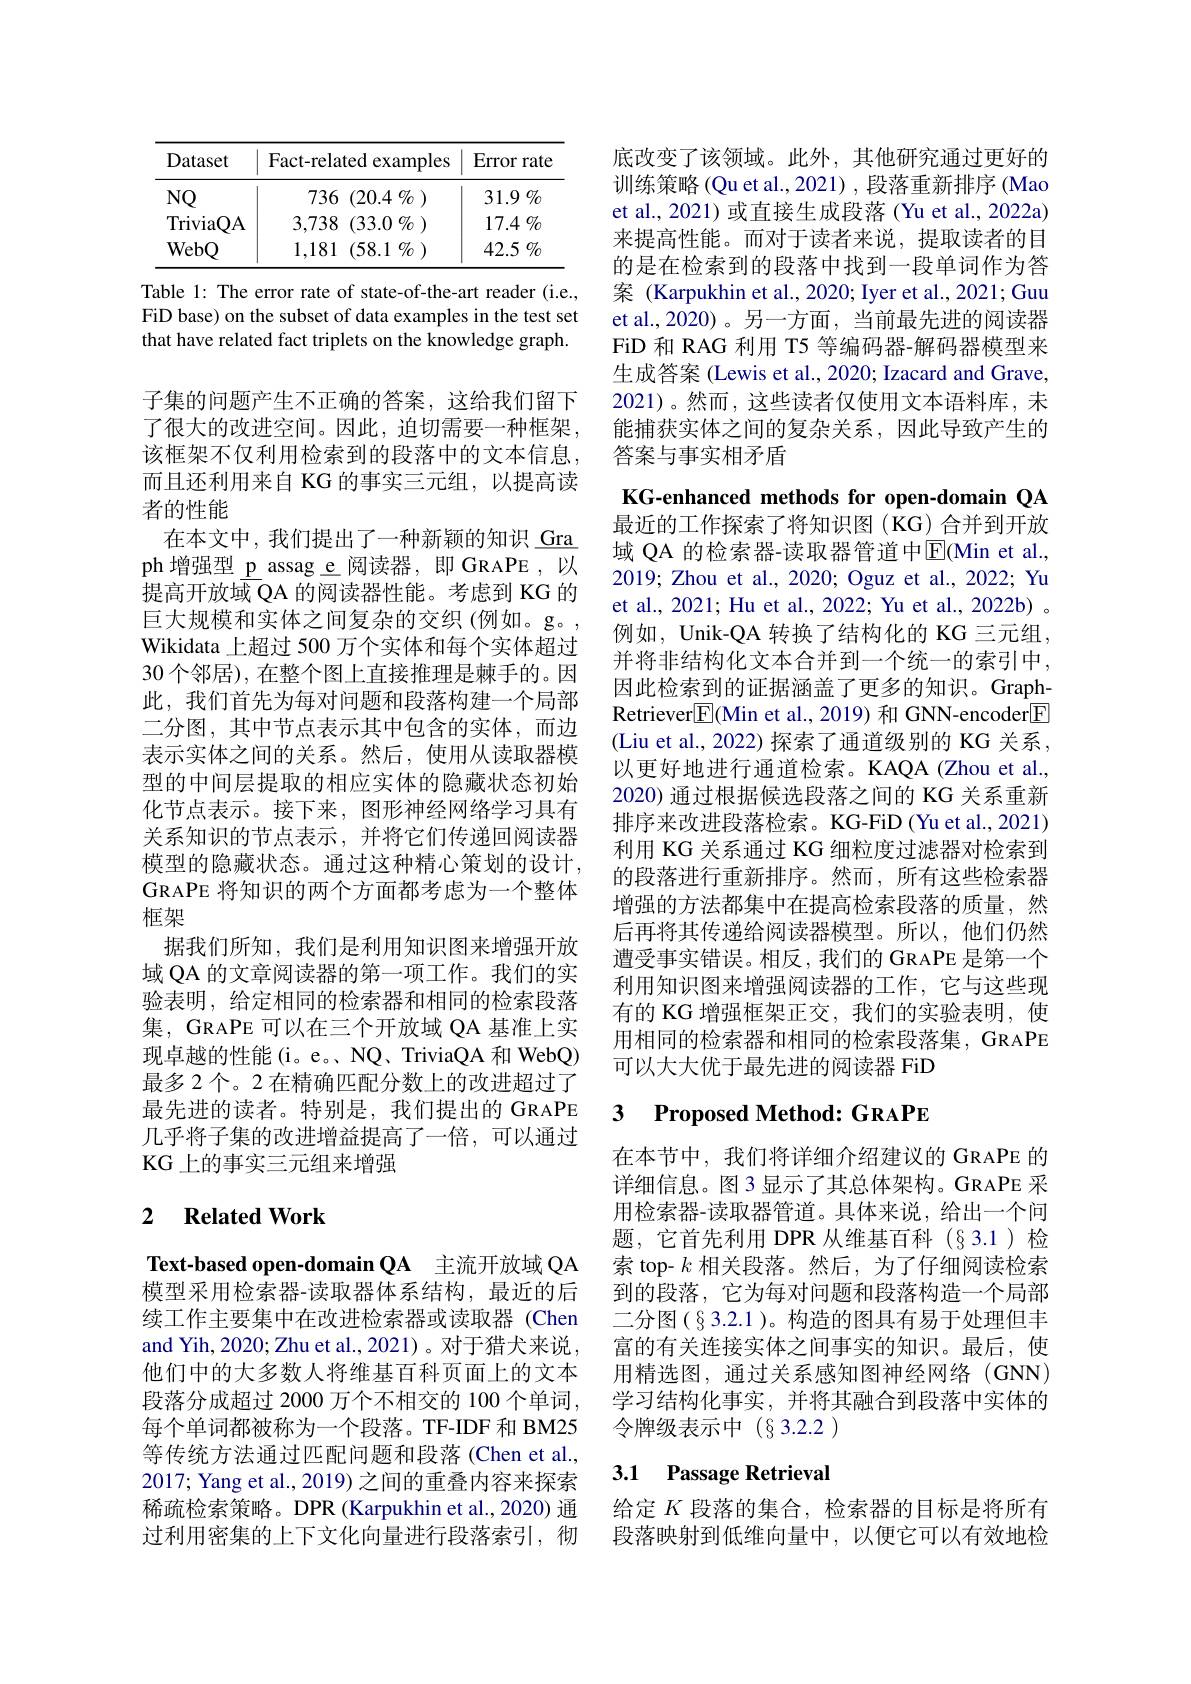
<table>
	<tbody>
		<tr>
			<th>Dataset</th>
			<th>Fact-related examples</th>
			<th>Error rate</th>
		</tr>
		<tr>
			<td>NQ</td>
			<td>736 (20.4 $\%$ )</td>
			<td>$31.9\%$</td>
		</tr>
		<tr>
			<td>TriviaQA</td>
			<td>3,738 {3} (33.0 $\%$ )</td>
			<td>$17.4\%$</td>
		</tr>
		<tr>
			<td>WebQ</td>
			<td>1,181 (58.1 $\% )$</td>
			<td>42.5 $\%$</td>
		</tr>
	</tbody>
</table>

Table 1: The error rate of state-of-the-art reader (i.e., FiD base) on the subset of data examples in the test set that have related fact triplets on the knowledge graph.

子集的问题产生不正确的答案，这给我们留下了很大的改进空间。因此，迫切需要一种框架， 该框架不仅利用检索到的段落中的文本信息， 而且还利用来自 KG 的事实三元组，以提高读者的性能
在本文中，我们提出了一种新颖的知识\_Gra ph 增强型\_p\_assag\_e 阅读器，即 GRAPE ,以提高开放域 QA 的阅读器性能。考虑到 KG 的巨大规模和实体之间复杂的交织(例如。g。, Wikidata 上超过 500 万个实体和每个实体超过30 个邻居), 在整个图上直接推理是棘手的。因此，我们首先为每对问题和段落构建一个局部二分图，其中节点表示其中包含的实体，而边表示实体之间的关系。然后，使用从读取器模型的中间层提取的相应实体的隐藏状态初始化节点表示。接下来，图形神经网络学习具有关系知识的节点表示，并将它们传递回阅读器模型的隐藏状态。通过这种精心策划的设计， GRAPE 将知识的两个方面都考虑为一个整体框架
据我们所知，我们是利用知识图来增强开放域 QA 的文章阅读器的第一项工作。我们的实验表明，给定相同的检索器和相同的检索段落集，GRAPE 可以在三个开放域 QA 基准上实现卓越的性能(i。e。NQ、TriviaQA 和 WebQ) 最多 2 个。2 在精确匹配分数上的改进超过了最先进的读者。特别是，我们提出的 GRAPE 几乎将子集的改进增益提高了一倍，可以通过KG 上的事实三元组来增强

### 2 $\textbf{Related Work}$

Text-based open-domain QA 主流开放域 QA 模型采用检索器-读取器体系结构，最近的后续工作主要集中在改进检索器或读取器(Chen and Yih, 2020; Zhu et al., 2021)。对于猎犬来说他们中的大多数人将维基百科页面上的文本段落分成超过 2000 万个不相交的 100 个单词， 每个单词都被称为一个段落。TF-IDF 和 BM25等传统方法通过匹配问题和段落(Chen et al., 2017; Yang et al., 2019) 之间的重叠内容来探索稀疏检索策略。DPR (Karpukhin et al., 2020) 通过利用密集的上下文化向量进行段落索引，彻

底改变了该领域。此外，其他研究通过更好的训练策略 (Qu et al., 2021) , 段落重新排序 (Mao et al., 2021) 或直接生成段落 (Yu et al., 2022a) 来提高性能。而对于读者来说，提取读者的目的是在检索到的段落中找到一段单词作为答案 (Karpukhin et al., 2020; Iyer et al., 2021; Guu et al.,2020)。另一方面，当前最先进的阅读器FiD 和 RAG 利用 T5 等编码器-解码器模型来生成答案 (Lewis et al., 2020; Izacard and Grave, 2021)。然而，这些读者仅使用文本语料库，未能捕获实体之间的复杂关系，因此导致产生的答案与事实相矛盾

KG-enhanced methods for open-domain QA 最近的工作探索了将知识图(KG)合并到开放域 QA 的检索器-读取器管道中[ $E] ( Min et al. $, 2019; Zhou et al., 2020; Oguz et al., 2022; Yu et al., 2021; Hu et al., 2022; Yu et al., 2022b) 。例如，Unik-QA 转换了结构化的 KG 三元组， 并将非结构化文本合并到一个统一的索引中， 因此检索到的证据涵盖了更多的知识。GraphRetriever$\boxed{\mathrm{F}}$(Min et al., 2019) 和 GNN-encoder$\boxed{\mathrm{E}}$ (Liu et al., 2022) 探索了通道级别的 KG 关系， 以更好地进行通道检索。KAQA (Zhou et al., 2020) 通过根据候选段落之间的 KG 关系重新排序来改进段落检索。KG-FiD (Yu et al., 2021) 利用 KG 关系通过 KG 细粒度过滤器对检索到的段落进行重新排序。然而，所有这些检索器增强的方法都集中在提高检索段落的质量，然后再将其传递给阅读器模型。所以，他们仍然遭受事实错误。相反，我们的 GRAPE 是第一个利用知识图来增强阅读器的工作，它与这些现有的 KG 增强框架正交，我们的实验表明，使用相同的检索器和相同的检索段落集，GRAPE 可以大大优于最先进的阅读器 FiD

# 3 Proposed Method: GRAPE

在本节中，我们将详细介绍建议的 GRAPE 的详细信息。图3显示了其总体架构。GRAPE 采用检索器-读取器管道。具体来说，给出一个问题，它首先利用 DPR 从维基百科(§3.1)检索 top- $k$相关段落。然后，为了仔细阅读检索到的段落，它为每对问题和段落构造一个局部二分图(§3.2.1 )。构造的图具有易于处理但丰富的有关连接实体之间事实的知识。最后，使用精选图，通过关系感知图神经网络(GNN) 学习结构化事实，并将其融合到段落中实体的令牌级表示中(§3.2.2)

## 3.1 Passage Retrieval

给定$K$段落的集合，检索器的目标是将所有段落映射到低维向量中，以便它可以有效地检